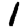
Digit: 1